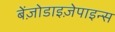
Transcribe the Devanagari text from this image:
बेंज़ोडाइज़ेपाइन्स